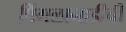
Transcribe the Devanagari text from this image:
पिंगळानाडीची